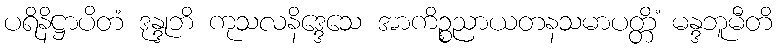
ပရိနိဋ္ဌာပိတံ ဒုန္ဒုဘိ ကုသလနိဒ္ဒေသေ အာကိဉ္စညာယတနသမာပတ္တိံ မန္ဒဘူမီတိ